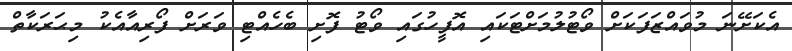
އެކަށޭނަ މުވައްޒަފަކަށް ވޯޓުލުމަށްޓަކައި އޮފީހުގައި ވޯޓު ފޮށި ބެހެއްޓި ވަރަށް ފޯރިއާއެކު މިޙަރަކާތް